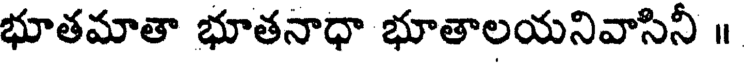
భూతమాతా భూతనాధా భూతాలయనివాసినీ ॥